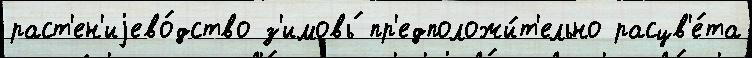
раст'ен'иjево́дство з'имовь́ пр'едположи́т'ельно расцв'е́та